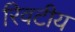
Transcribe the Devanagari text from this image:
रिवटीय